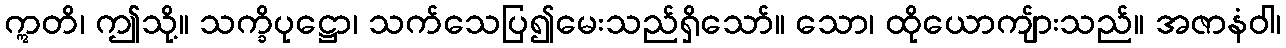
ဣတိ၊ ဤသို့။ သက္ခိပုဋ္ဌော၊ သက်သေပြ၍မေးသည်ရှိသော်။ သော၊ ထိုယောကျ်ားသည်။ အဇာနံဝါ၊